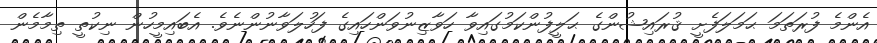
އެންމެ ފުރަތަމަ ޙަމަލަފެށީ ޤުރައިޝުންގެ ޙަލީފުންކަމުގައިވާ ހަވާޒިނުވަންހައިގެ ފަހުލަވާނުންނެވެ. އެބައިމީހުން ނިކުތީ ތިމާމެން